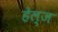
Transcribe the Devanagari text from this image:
हेल्ज